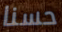
حسنا